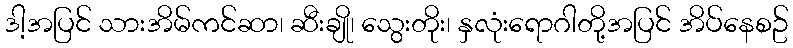
ဒါ့အပြင် သားအိမ်ကင်ဆာ၊ ဆီးချို၊ သွေးတိုး၊ နှလုံးရောဂါတို့အပြင် အိပ်နေစဥ်